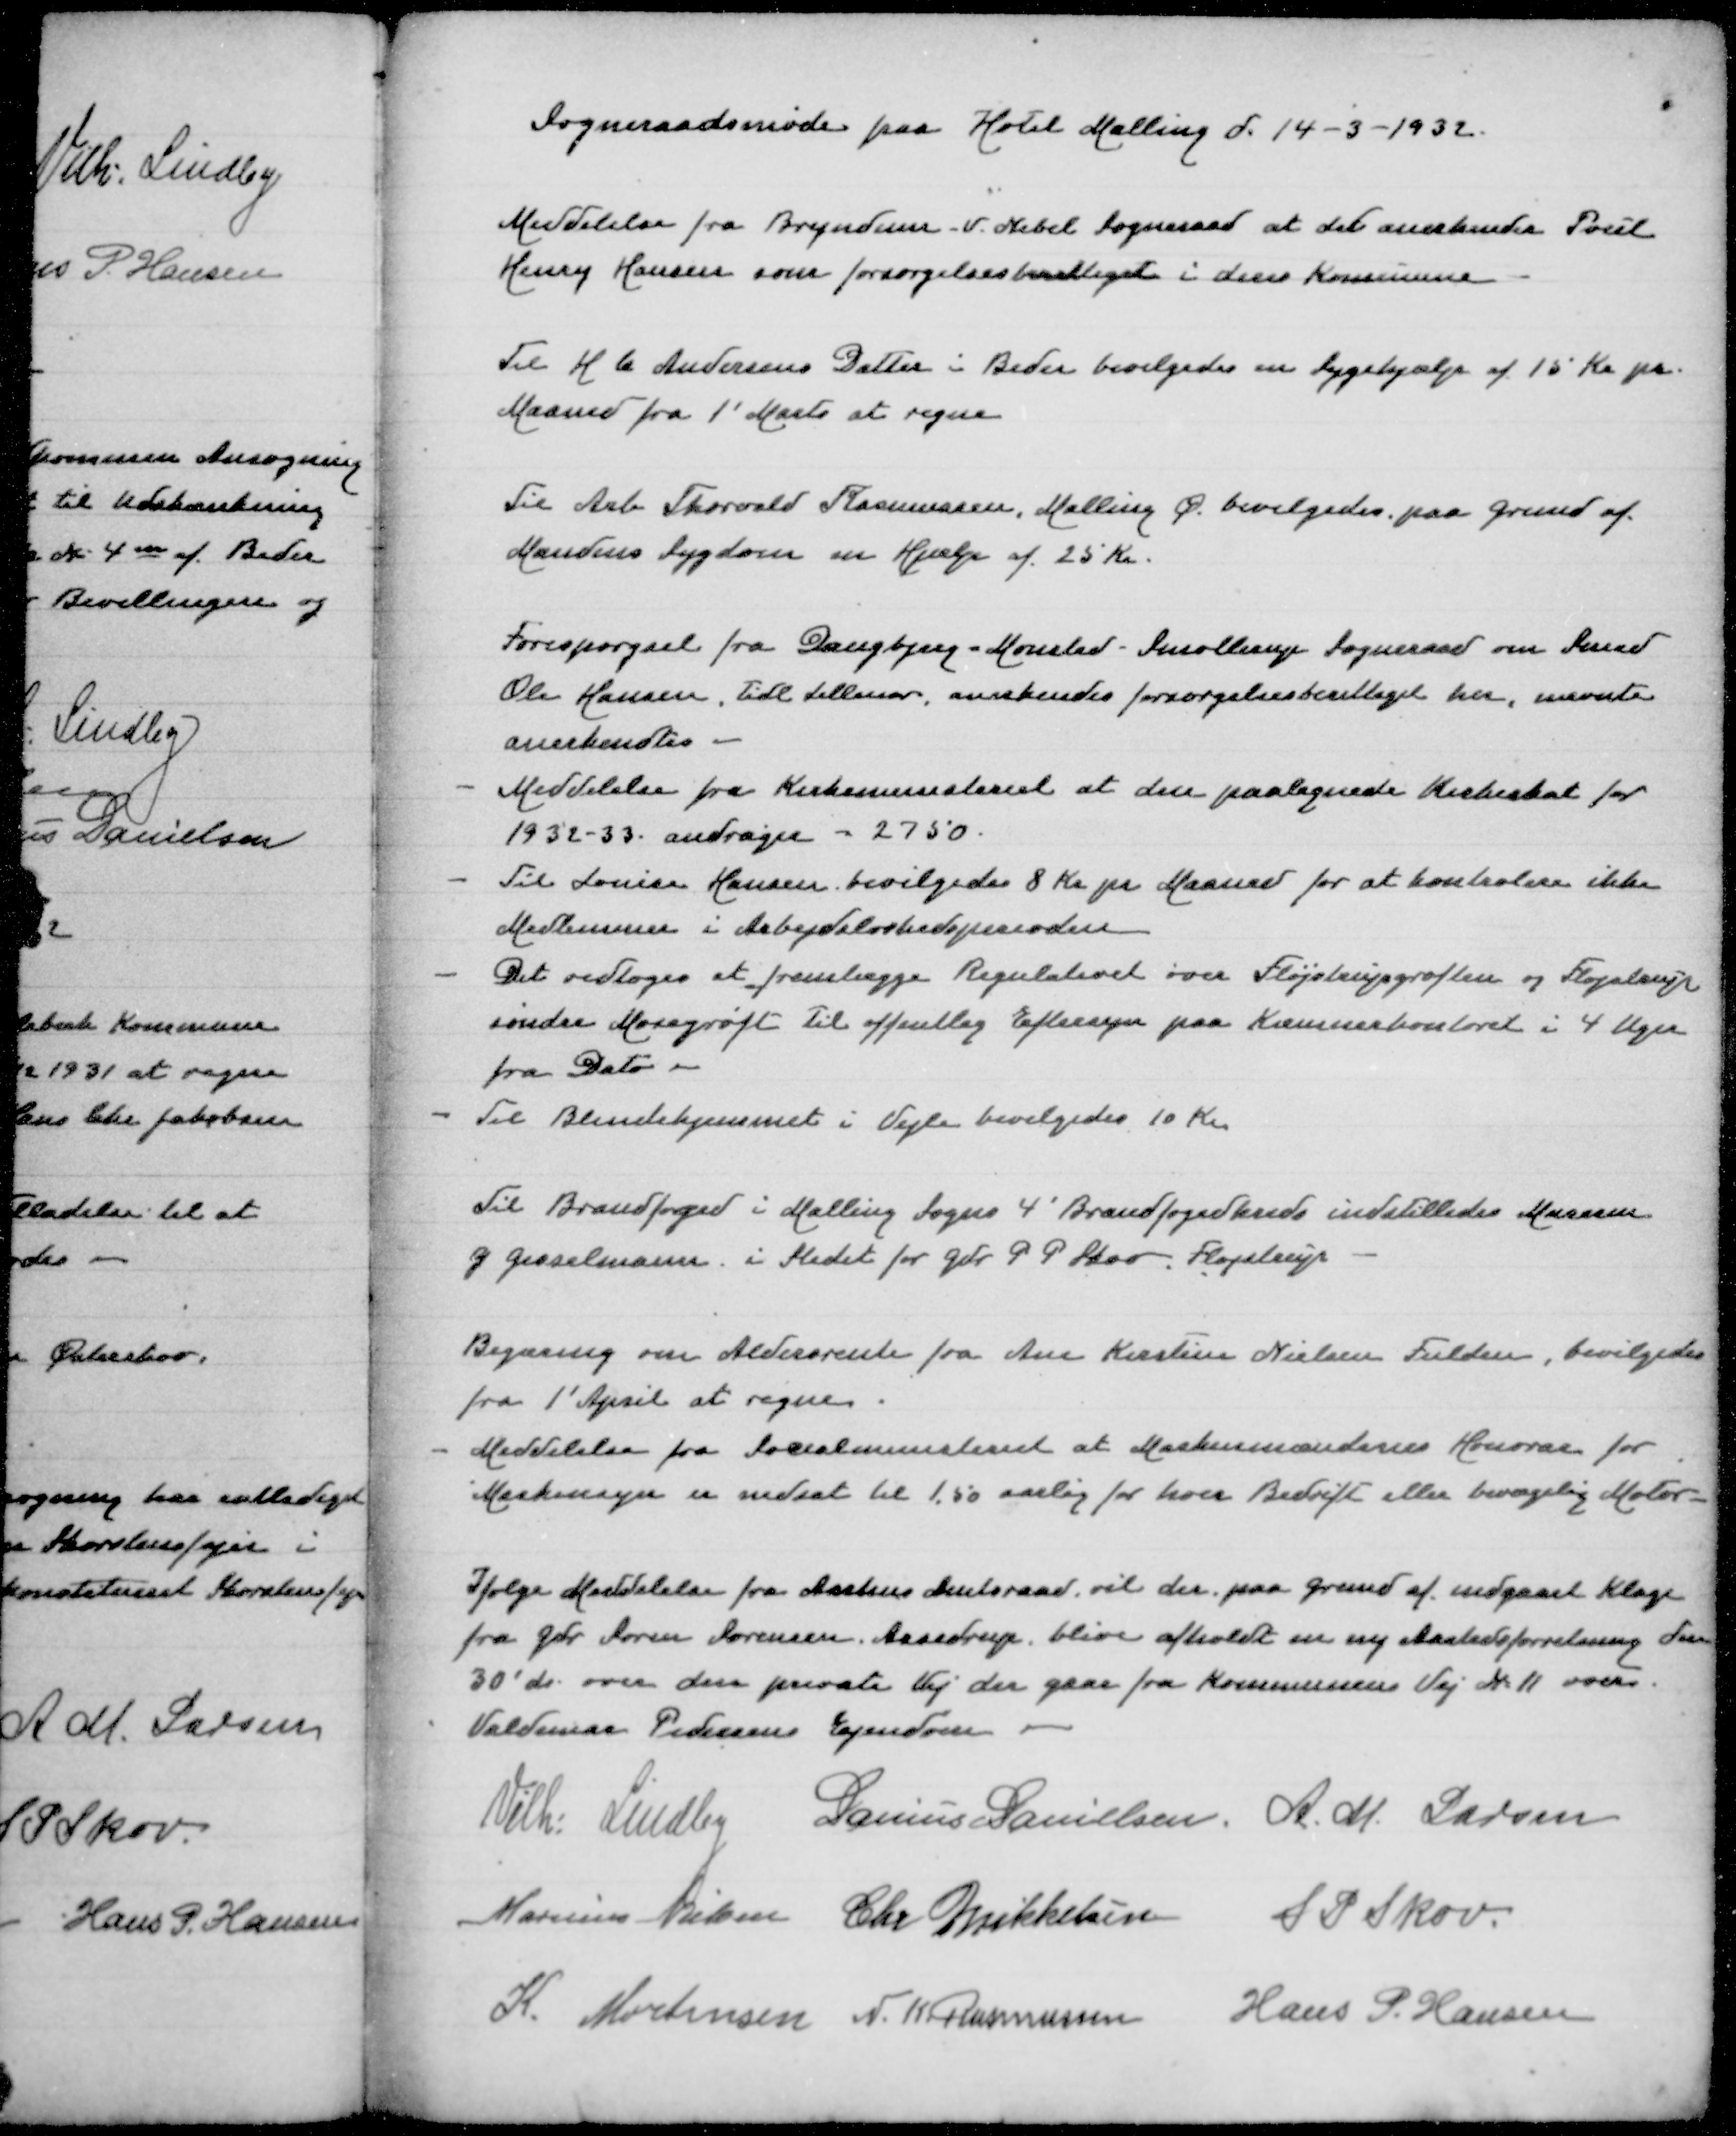
Transskription:
Sogneraadsmøde paa Hotel Malling d 14-3-1932

Meddelelse fra Bryndum V Nebel Sogneraad at det anerkender Poul
Henry Hansen som forsørgelsesberettiget i deres Kommune

Til H C Andersens Datter i Beder bevilgedes en Sygehjælp af 15 Kr pr
Maaned fra 1' Marts at regne

Til Arb Thorvald Rasmussen, Malling Ø bevilgedes paa Grund af
Mandens Sygdom en hjælp af 25 Kr

Forespørgsel fra Daugbjerg Mønsted Smollerup Sogneraad om Smed
Ole Hansen, tidl Lillenor, anerkendes forsørgelsesberettiget her, nævnte
anerkendes
- Meddelelse fra Kirkeministeriet at den paalignede Kirkeskat for
1932-33 andrager - 2750
- Til Louise Hansen bevilgedes 8 Kr pr Maaned for at kontrolere ikke
Medlemmer i Arbejdsløshedsperioden
- Det vedtoges at fremlægge Regulativet over Fløjstrupgrøften og Fløjstrup
søndre Mosegrøft til offentlig Eftersyn paa Kæmnerkontoret i 4 Uger
fra Dato
- Til Blindehjemmet i Vejle bevilgedes 10 Kr

Til Brandfoged i Malling Sogns 4' Brandfogedkreds indstilledes Murerm
G Gisselmann i Stedet for Gdr P P Skov Fløjstrup

Begæring om Aldersrente fra Ane Kirstine Nielsen Fulden, bevilgedes
fra 1' April at regne
- Meddelelse fra Socialministeriet at Maskinmændenes Honorar for
Maskinsager er nedsat til 1.50 aarlig for hver Bedrift eller bevægelig Motor

Ifølge Meddelelse fra Aarhus Amtsraad vil der paa Grund af indgaaet Klage
fra Gdr Søren Sørensen Assedrup blive afholdt en ny Aastedsforretning den
30' ds over den private Vej der gaar fra Kommunens Vej Nr 11 over
Valdemar Pedersens Ejendom

Vilh Lindby
Danius Danielsen
A M Larsen
Marinus Nielsen
Chr Mikkelsen
S P Skov
K Mortensen
N K Rasmussen
Hans P Hansen